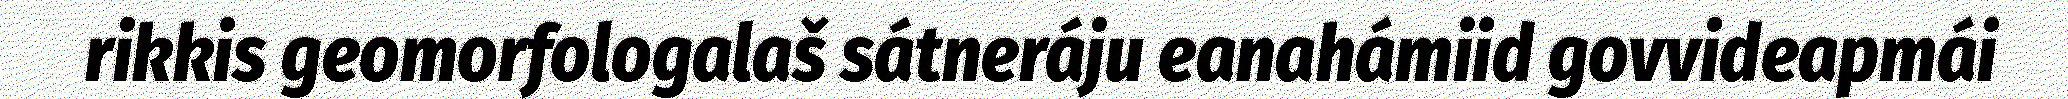
rikkis geomorfologalaš sátneráju eanahámiid govvideapmái